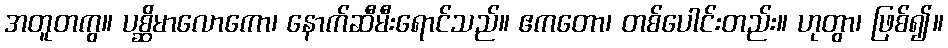
အတူတကွ။ ပစ္ဆိမာလောကော၊ နောက်ဆီမီးရောင်သည်။ ဧကတော၊ တစ်ပေါင်းတည်း။ ဟုတွာ၊ ဖြစ်၍။